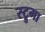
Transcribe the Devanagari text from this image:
स्ट्रुमा